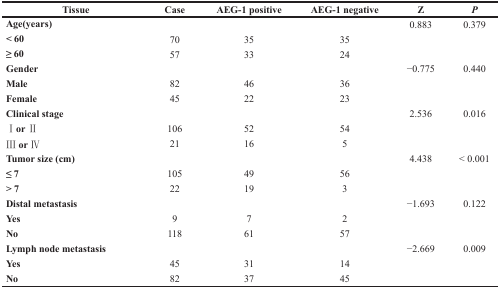
| Tissue | Case | AEG-1 positive | AEG-1 negative | Z | P |
 | --- | --- | --- | --- | --- | --- |
 | Age(years) |  |  |  | 0.883 | 0.379 |
 | < 60 | 70 | 35 | 35 |  |  |
 | ≥60 | 57 | 33 | 24 |  |  |
 | Gender |  |  |  | –0.775 | 0.440 |
 | Male | 82 | 46 | 36 |  |  |
 | Female | 45 | 22 | 23 |  |  |
 | Clinical stage |  |  |  | 2.536 | 0.016 |
 | I or II | 106 | 52 | 54 |  |  |
 | III or IV | 21 | 16 | 5 |  |  |
 | Tumor size (cm) |  |  |  | 4.438 | < 0.001 |
 | ≤7 | 105 | 49 | 56 |  |  |
 | > 7 | 22 | 19 | 3 |  |  |
 | Distal metastasis |  |  |  | –1.693 | 0.122 |
 | Yes | 9 | 7 | 2 |  |  |
 | No | 118 | 61 | 57 |  |  |
 | Lymph node metastasis |  |  |  | –2.669 | 0.009 |
 | Yes | 45 | 31 | 14 |  |  |
 | No | 82 | 37 | 45 |  |  |